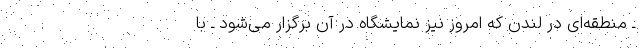
ـ منطقه‌ای در لندن که امروز نیز نمایشگاه در آن برگزار می‌شود ـ با